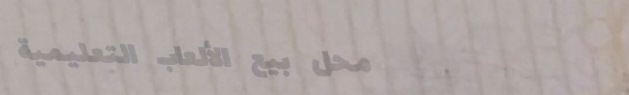
محل بيع الألعاب التعليمية